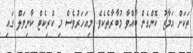
ތަކަށް އަމާޒު ކޮންގެން ބާއްވާ މުބާރާތެކެވެ. މިއަހަރުވެސް މި ކްރިކެޓް ކާނިވަލް ގައި